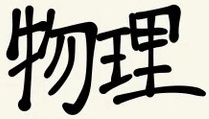
物理